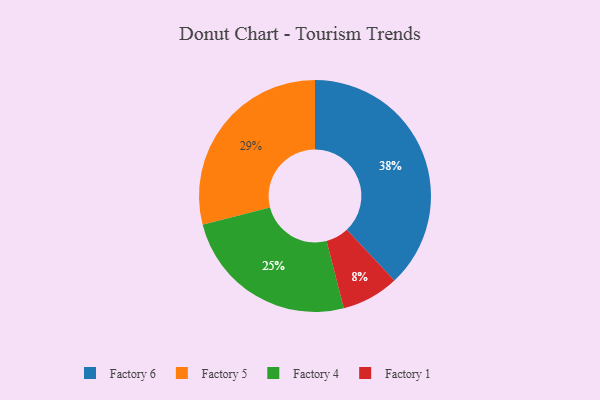
{"axis": {"x": "Category", "y": "Percentage"}, "legend": ["Factory 1", "Factory 4", "Factory 5", "Factory 6"], "data": [{"x": "Factory 4", "y": 25, "type": "Factory 4"}, {"x": "Factory 5", "y": 29, "type": "Factory 5"}, {"x": "Factory 1", "y": 8, "type": "Factory 1"}, {"x": "Factory 6", "y": 38, "type": "Factory 6"}]}